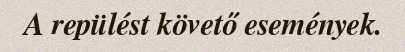
A repülést követő események.